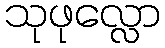
သုဖုလ္လော